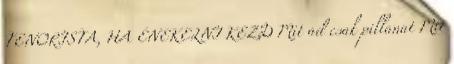
TENORISTA, HA ÉNEKELNI KEZD Mit ad csak pillanat Mit